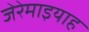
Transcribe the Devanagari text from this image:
जेरेमाइयाह